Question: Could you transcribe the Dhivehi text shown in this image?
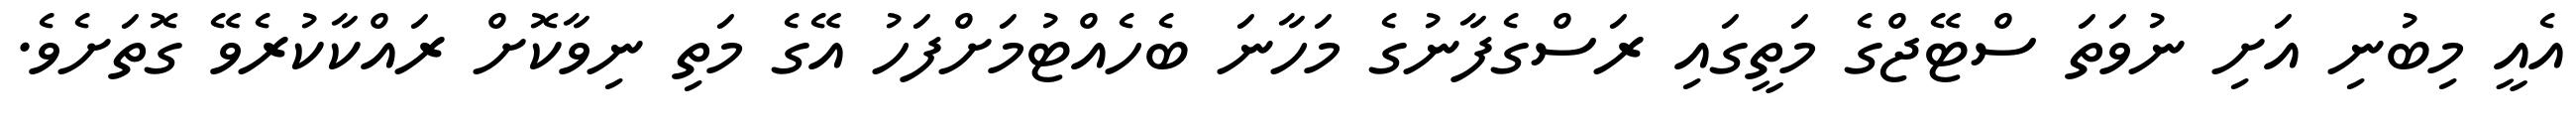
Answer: އެއީ މިބުނި އަށި ނުވަތަ ސްޓޭޖްގެ މަތީގައި ރަސްގެފާނުގެ މަހާނަ ބެހެއްޓުމަށްފަހު އޭގެ މަތި ނިވާކޮށް ރައްކާކުރެވޭ ގޮތަށެވެ.